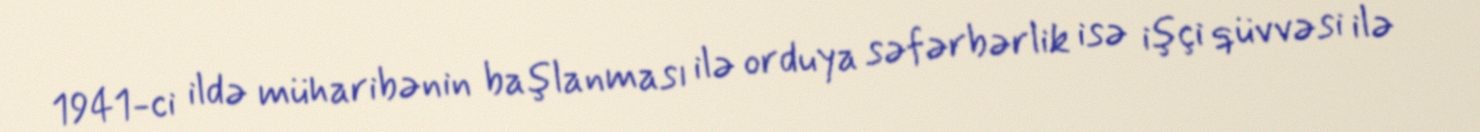
1941-ci ildə müharibənin başlanması ilə orduya səfərbərlik isə işçi qüvvəsi ilə